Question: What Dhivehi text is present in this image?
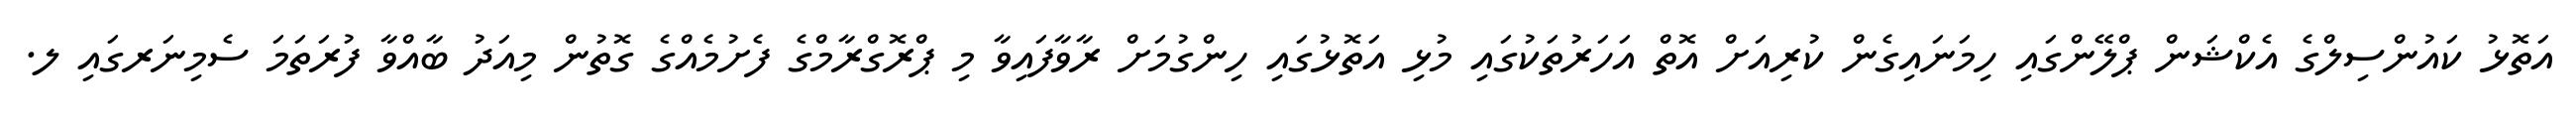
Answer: އަތޮޅު ކައުންސިލްގެ އެކްޝަން ޕްލޭންގައި ހިމަނައިގެން ކުރިއަށް އޮތް އަހަރުތަކުގައި މުޅި އަތޮޅުގައި ހިންގުމަށް ރާވާފައިވާ މި ޕްރޮގްރާމްގެ ފެށުމެއްގެ ގޮތުން މިއަދު ބާއްވާ ފުރަތަމަ ސެމިނަރގައި ލ.